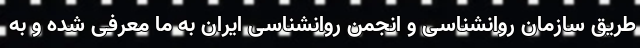
طریق سازمان روانشناسی و انجمن روانشناسی ایران به ما معرفی شده و به